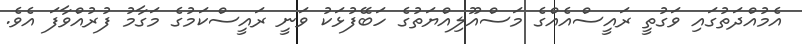
އެމުއްދަތުގައި ވަގުތީ ރައީސްއެއްގެ މަސްއޫލިއްޔަތުގެ ހަބޭފުޅަކު ވަނީ ރައީސްކަމުގެ މަގާމު ފުރުއްވާފަ އެވެ.